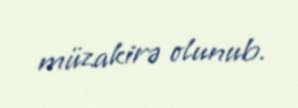
müzakirə olunub.